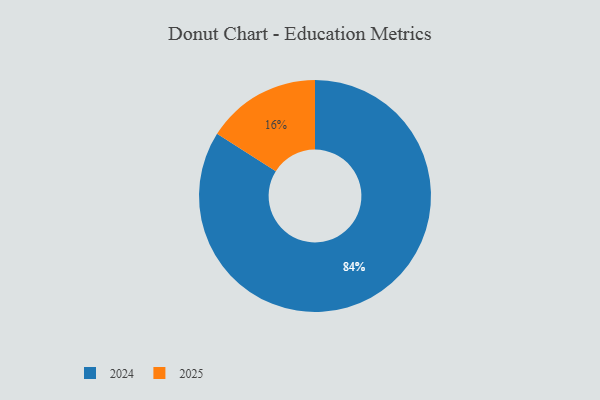
{"axis": {"x": "Category", "y": "Percentage"}, "legend": ["2024", "2025"], "data": [{"x": "2025", "y": 16, "type": "2025"}, {"x": "2024", "y": 84, "type": "2024"}]}